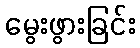
မွေးဖွားခြင်း